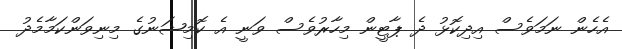
އެހެން ނަމަވެސް އިދިކޮޅު ދެ ޕާޓީން މިހާރުވެސް ވަނީ އެ ކޮމިޝަނުގެ މިނިވަންކަމާމެދު